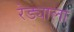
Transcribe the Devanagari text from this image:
रेड्याला